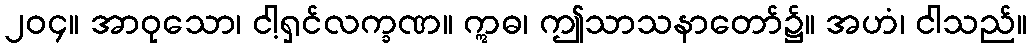
၂၀၄။ အာဝုသော၊ ငါ့ရှင်လက္ခဏ။ ဣဓ၊ ဤသာသနာတော်၌။ အဟံ၊ ငါသည်။